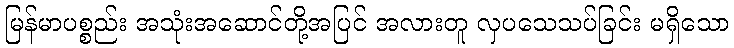
မြန်မာပစ္စည်း အသုံးအဆောင်တို့အပြင် အလားတူ လှပသေသပ်ခြင်း မရှိသော